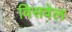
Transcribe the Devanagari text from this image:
विसवेल